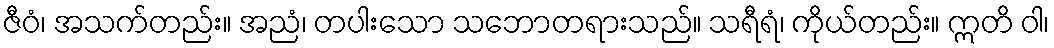
ဇီဝံ၊ အသက်တည်း။ အညံ၊ တပါးသော သဘောတရားသည်။ သရီရံ၊ ကိုယ်တည်း။ ဣတိ ဝါ၊